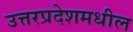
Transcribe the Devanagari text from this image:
उत्तरप्रदेशमधील